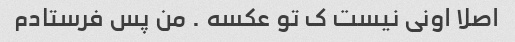
اصلا اونی نیست ک تو عکسه . من پس فرستادم